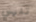
تنهي